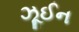
ઝૂઈન